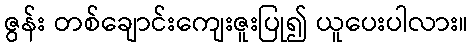
ဇွန်း တစ်ချောင်းကျေးဇူးပြု၍ ယူပေးပါလား။